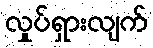
လှုပ်ရှားလျက်